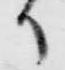
候